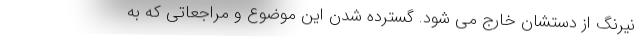
نیرنگ از دستشان خارج می شود. گسترده شدن این موضوع و مراجعاتی که به